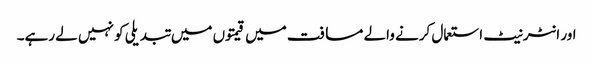
اور انٹرنیٹ استعمال کرنے والے مسافت میں قیمتوں میں تبدیلی کو نہیں لے رہے۔